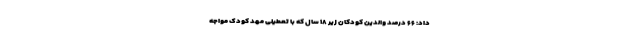
داد: ۶۶ درصد والدین کودکان زیر ۱۸ سال که با تعطیلی مهد کودک مواجه